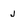
Character: j